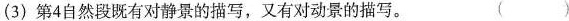
(3}第4自然有对静的描，又有对动景的写。（ ）